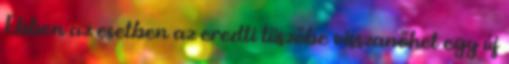
Ebben az esetben az eredti tüszőbe visszanőhet egy új